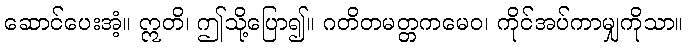
ဆောင်ပေးအံ့။ ဣတိ၊ ဤသို့ပြော၍။ ဂတိတမတ္တကမေဝ၊ ကိုင်အပ်ကာမျှကိုသာ။